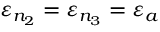
\varepsilon _ { n _ { 2 } } = \varepsilon _ { n _ { 3 } } = \varepsilon _ { a }